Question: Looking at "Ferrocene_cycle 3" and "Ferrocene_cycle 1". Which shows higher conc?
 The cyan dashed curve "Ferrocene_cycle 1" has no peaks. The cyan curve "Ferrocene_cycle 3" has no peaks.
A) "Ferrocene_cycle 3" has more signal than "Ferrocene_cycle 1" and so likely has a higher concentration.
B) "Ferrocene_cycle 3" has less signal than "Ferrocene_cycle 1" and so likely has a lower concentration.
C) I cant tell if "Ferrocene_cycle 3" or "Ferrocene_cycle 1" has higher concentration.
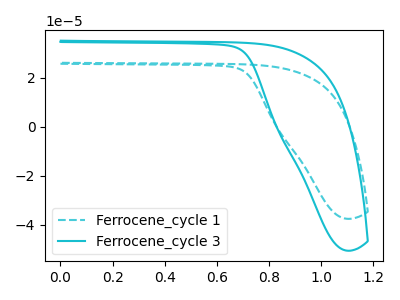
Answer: <think>Neither "Ferrocene_cycle 3" or "Ferrocene_cycle 1" have any peaks.
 </think>
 <answer>C) I cant tell if "Ferrocene_cycle 3" or "Ferrocene_cycle 1" has higher concentration.</answer>
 <eval>C</eval>